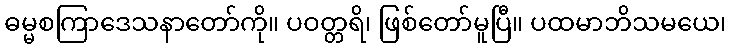
ဓမ္မစကြာဒေသနာတော်ကို။ ပဝတ္တရိ၊ ဖြစ်တော်မူပြီ။ ပထမာဘိသမယေ၊